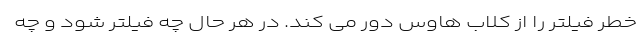
خطر فیلتر را از کلاب هاوس دور می کند. در هر حال چه فیلتر شود و چه